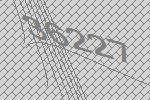
36227